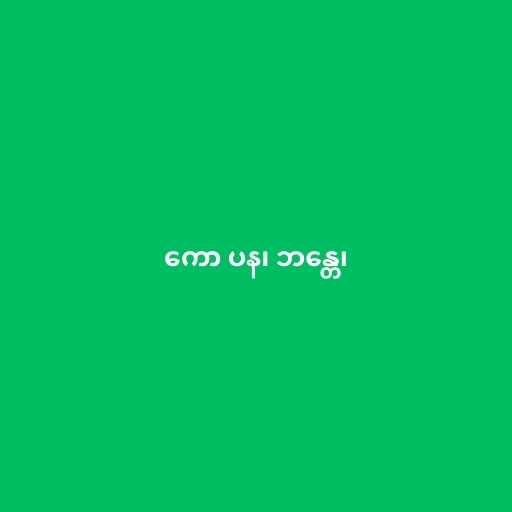
ကော ပန၊ ဘန္တေ၊